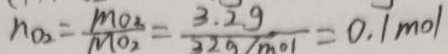
n _ { o 2 } = \frac { m _ { o 2 } } { M _ { o 2 } } = \frac { 3 . 2 g } { 3 2 g / m o l } = 0 . 1 m o l